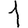
Digit: 1